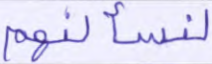
لنسألنهم